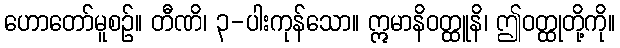
ဟောတော်မူစဉ်။ တီဏိ၊ ၃-ပါးကုန်သော။ ဣမာနိဝတ္ထူနိ၊ ဤဝတ္ထုတို့ကို။